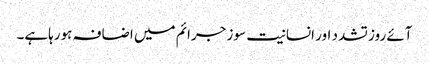
آئے روز تشدد اور انسانیت سوز جرائم میں اضافہ ہورہاہے۔